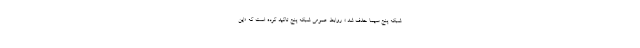
شبکه پنج سیما حذف شد.» روابط عمومی شبکه پنج تاکید کرده است که «این